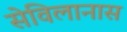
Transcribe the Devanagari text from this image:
सेविलानास